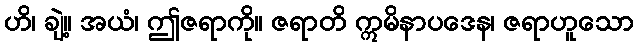
ဟိ၊ ချဲ့။ အယံ၊ ဤဇရာကို။ ဇရာတိ ဣမိနာပဒေန၊ ဇရာဟူသော